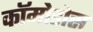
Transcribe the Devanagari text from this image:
कॉमोडोस